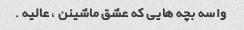
واسه بچه هایی که عشق ماشینن ، عالیه .